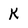
Character: K